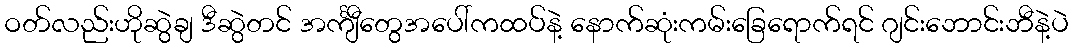
ဝတ်လည်းဟိုဆွဲချ ဒီဆွဲတင် အင်္ကျီတွေအပေါ်ကထပ်နဲ့ နောက်ဆုံးကမ်းခြေရောက်ရင် ဂျင်းဘောင်းဘီနဲ့ပဲ